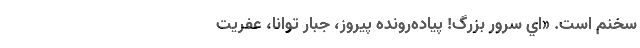
سخنم است. «اي سرورِ بزرگ! پياده‌رونده پيروز، جبارِ توانا، عفريتِ